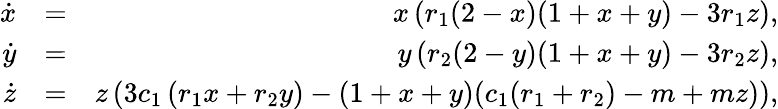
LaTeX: \begin{array}{rlr}{\dot{x}}&{=}&{x\left(r_{1}(2-x)(1+x+y)-3r_{1}z\right),}\\ {\dot{y}}&{=}&{y\left(r_{2}(2-y)(1+x+y)-3r_{2}z\right),}\\ {\dot{z}}&{=}&{z\left(3c_{1}\left(r_{1}x+r_{2}y\right)-(1+x+y)(c_{1}(r_{1}+r_{2})-m+mz)\right),}\end{array}